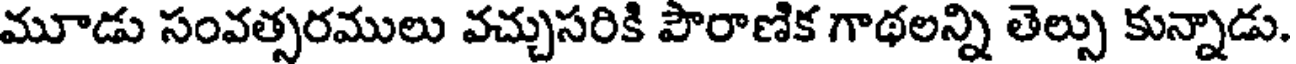
మూడు సంవత్సరములు వచ్చుసరికి పౌరాణిక గాథలన్ని తెల్సు కున్నాడు.